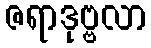
ဇရာဒုဗ္ဗလာ